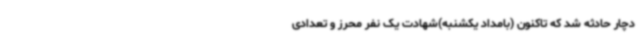
دچار حادثه شد که تاکنون (بامداد یکشنبه)شهادت یک نفر محرز و تعدادی